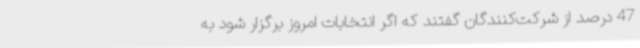
47 درصد از شرکت‌کنندگان گفتند که اگر انتخابات امروز برگزار شود به